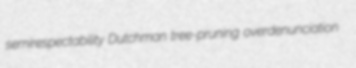
semirespectability Dutchman tree-pruning overdenunciation